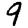
Digit: 9